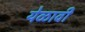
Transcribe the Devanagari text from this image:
येळावी